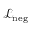
\mathcal { L } _ { \mathrm { { n e g } } }